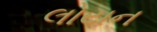
લોયન